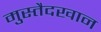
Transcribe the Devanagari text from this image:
मुस्तैदखान